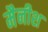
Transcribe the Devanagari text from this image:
मैनीश